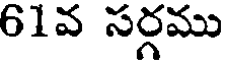
61వ సర్గము